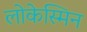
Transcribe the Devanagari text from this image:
लोकेस्मिन